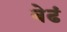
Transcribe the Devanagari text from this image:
बेढं